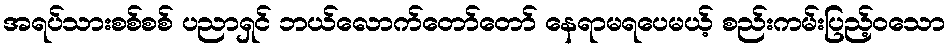
အရပ်သားစစ်စစ် ပညာရှင် ဘယ်လောက်တော်တော် နေရာမရပေမယ့် စည်းကမ်းပြည့်ဝသော